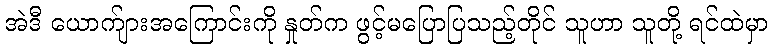
အဲဒီ ယောက်ျားအကြောင်းကို နှုတ်က ဖွင့်မပြောပြသည့်တိုင် သူဟာ သူတို့ ရင်ထဲမှာ